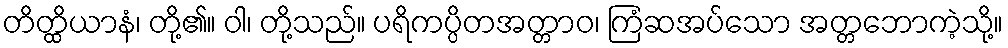
တိတ္ထိယာနံ၊ တို့၏။ ဝါ၊ တို့သည်။ ပရိကပ္ပိတအတ္တာဝ၊ ကြံဆအပ်သော အတ္တဘောကဲ့သို့။